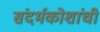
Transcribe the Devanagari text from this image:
संदर्भकोशांची